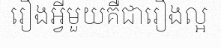
រឿងអ្វីមួយគឺជារឿងល្អ